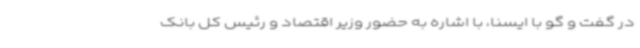
در گفت و گو با ایسنا، با اشاره به حضور وزیر اقتصاد و رئیس کل بانک